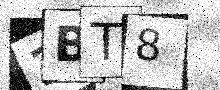
Text: 3BT8